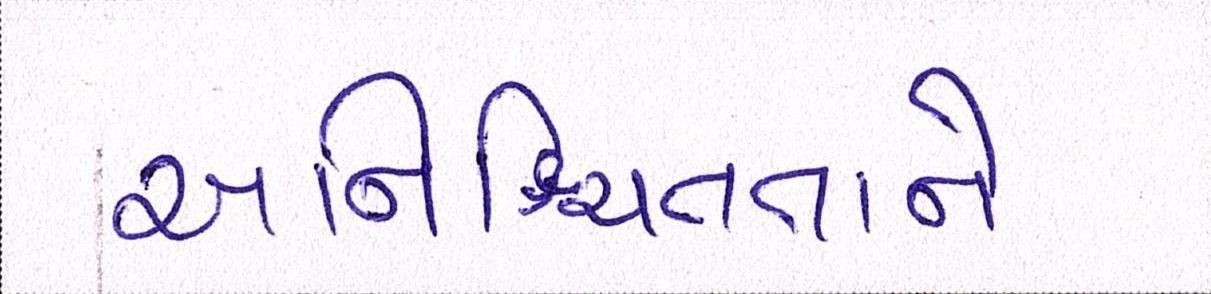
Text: અનિશ્ચિતતાને